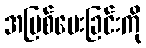
အပြစ်ပေးခြင်းကို